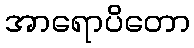
အာရောပိတော